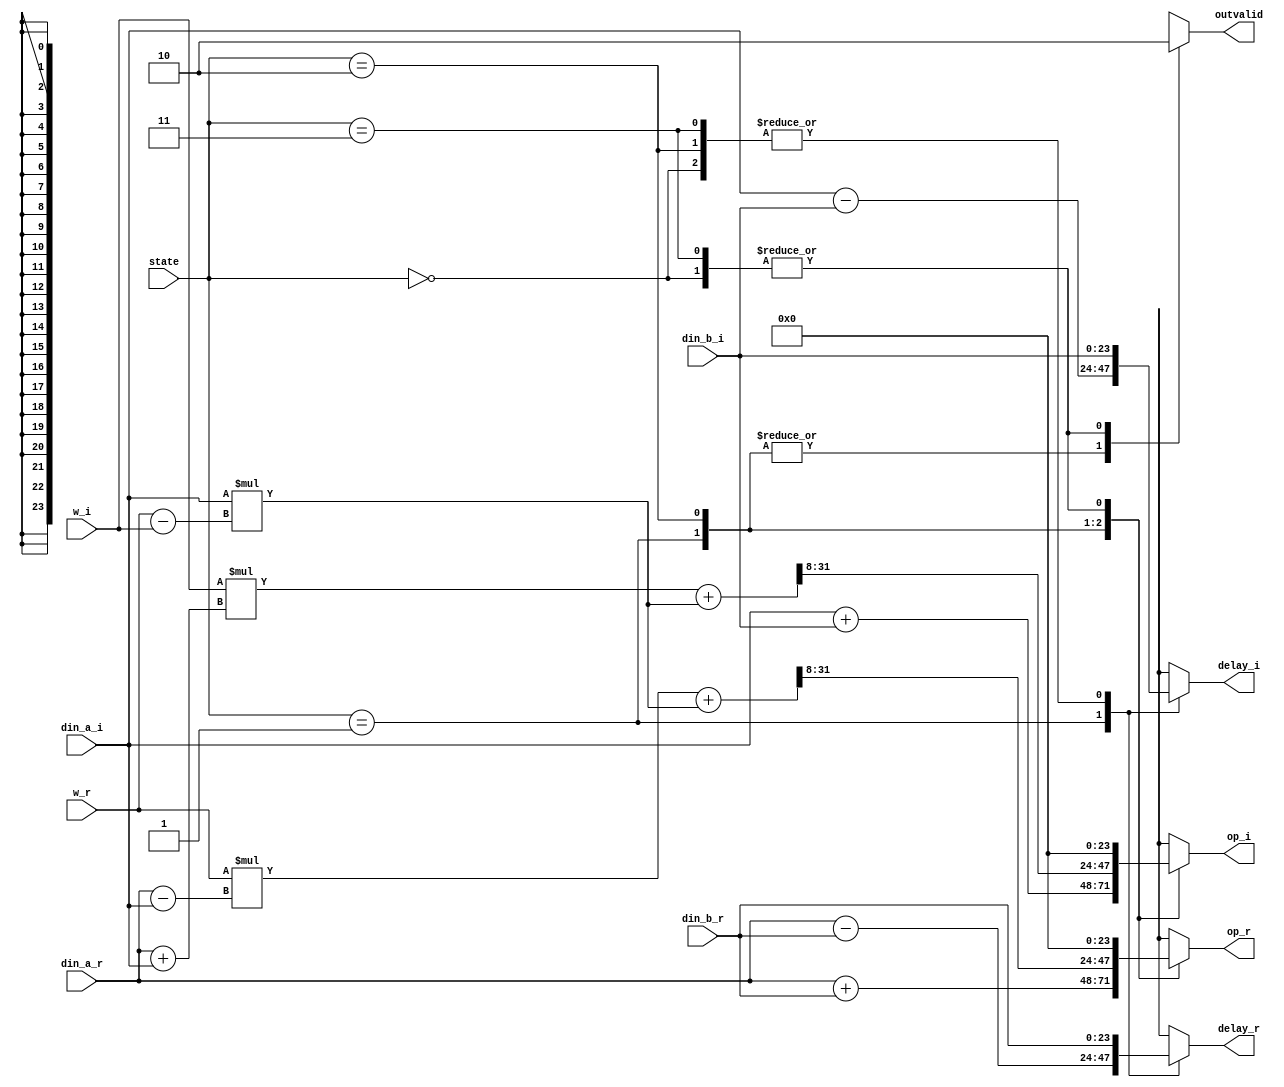
// --------------------------------------------------------------------
// >>>>>>>>>>>>>>>>>>>>>>>>> COPYRIGHT NOTICE <<<<<<<<<<<<<<<<<<<<<<<<<
// --------------------------------------------------------------------
// Github: https://github.com/abdelazeem201
// Description: radix2 module
// Dependencies: 
// Since: 2021-12-24 05:10:50
// LastEditors: ahmed abdelazeem
// LastEditTime: 2021-12-24 05:10:50
// ********************************************************************
// Module Function
module radix2(
		input wire [1:0] state,
		input wire signed [23:0] din_a_r,
		input wire signed [23:0] din_a_i,
		input wire signed [23:0] din_b_r,//a
		input wire signed [23:0] din_b_i,//b
		input wire signed [23:0] w_r,//c
		input wire signed [23:0] w_i,//d
		output reg signed[23:0] op_r,
		output reg signed[23:0] op_i,
		output reg signed[23:0] delay_r,
		output reg signed[23:0] delay_i,
		output reg outvalid
	);

	reg signed [41:0] inter,mul_r,mul_i;//was 27
	reg signed [23:0] a,b,c,d;

	always@(*)begin
		op_r = 0;
		op_i = 0;
		delay_r = din_b_r;
		delay_i = din_b_i;
		case(state)
		2'b00:begin
		//waiting
		delay_r = din_b_r;
		delay_i = din_b_i;
		outvalid = 1'b0;
		end
		2'b01:begin
		//first half
		a = din_a_r + din_b_r;
		b = din_a_i + din_b_i;
		
		c = (din_a_r - din_b_r);//a-b
		d = (din_a_i - din_b_i);//a-b

		op_r = a;
		op_i = b;
		delay_r = c;
		delay_i = d;
		outvalid = 1'b1;
		end
		2'b10:begin
		//second half
		a = din_a_r;
		b = din_a_i;
		delay_r = din_b_r;
		delay_i = din_b_i;

		inter = b * (w_r - w_i); //b(c-d)
		mul_r  = w_r * (a - b) + inter;
		mul_i  = w_i * (a + b) + inter;

		op_r = (mul_r[31:8]);
		op_i = (mul_i[31:8]);
		outvalid = 1'b1;
		end
		2'b11:begin
		//disable
		outvalid = 1'b0;
		end
		default:begin
		delay_r = din_b_r;
		delay_i = din_b_i;
		end
		endcase
		
	end


endmodule